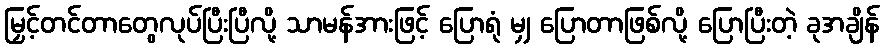
မြှင့်တင်တာတွေလုပ်ပြီးပြီလို့ သာမန်အားဖြင့် ပြောရုံ မျှ ပြောတာဖြစ်လို့ ပြောပြီးတဲ့ ခုအချိန်